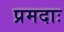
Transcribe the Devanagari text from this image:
प्रमदाः